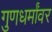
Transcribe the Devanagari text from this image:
गुणधर्मांवर